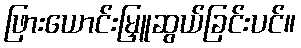
ဖြားယောင်းမြှူဆွယ်ခြင်းပင်။